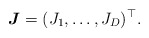
\begin{align*} \boldsymbol J=(J_1,\dots,J_D)^\top. \end{align*}